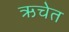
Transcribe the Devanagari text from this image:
ऋचेत